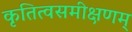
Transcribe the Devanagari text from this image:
कृतित्वसमीक्षणम्